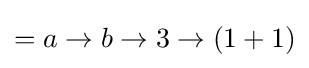
=a\to b\to 3\to (1+1)